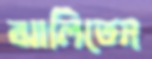
ঝালিতেন